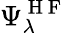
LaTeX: \Psi_{\lambda}^{\mathrm{~H~F~}}